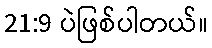
21:9 ပဲဖြစ်ပါတယ်။